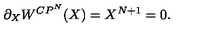
\partial _ { X } W ^ { C P ^ { N } } ( X ) = X ^ { N + 1 } = 0 .